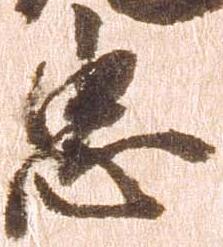
忠